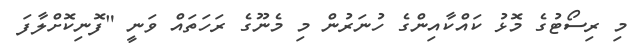
މި ރިސޯޓުގެ މޮޅު ކައްކާއިންގެ ހުނަރުން މި މެނޫގެ ރަހަތައް ވަނީ "ފޮނިކޮށްލާފަ